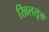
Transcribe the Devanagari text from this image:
खिलसूक्त